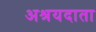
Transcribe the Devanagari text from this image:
अश्रयदाता